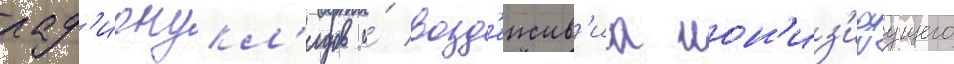
рад'ионукл'идов и́ возд'еиств'иа ион'из'ируущего